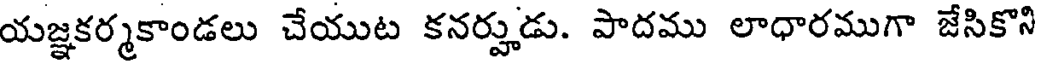
యజ్ఞకర్మకాండలు చేయుట కనర్హుడు. పాదము లాధారముగా జేసికొని